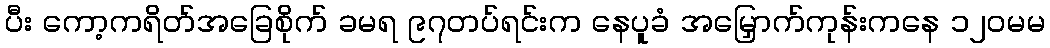
ပီး ကော့ကရိတ်အခြေစိုက် ခမရ ၉၇တပ်ရင်းက နေပူခံ အမြှောက်ကုန်းကနေ ၁၂၀မမ